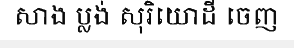
សាង ប្លង់ សុរិយោដី ចេញ